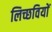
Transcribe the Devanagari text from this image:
लिच्छवियाें